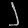
Digit: ၂